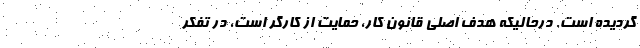
گردیده است. درحالیکه هدف اصلی قانون کار، حمایت از کارگر است، در تفکر